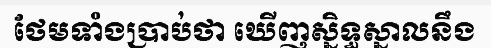
ថែមទាំងប្រាប់ថា ឃើញស្និទ្ធស្នាលនឹង